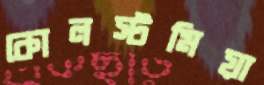
কোলস্টমিয়া